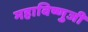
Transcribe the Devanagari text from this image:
महाविष्णुजी